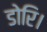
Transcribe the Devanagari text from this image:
डोरि।